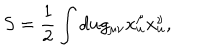
S = \frac { 1 } { 2 } \int d u g _ { \mu \nu } x _ { u } ^ { \mu } x _ { u } ^ { \nu } , \quad